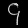
Digit: ၄